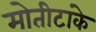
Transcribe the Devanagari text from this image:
मोतीटांके